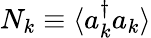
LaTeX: N_{k}\equiv\langle a_{k}^{\dagger}a_{k}\rangle